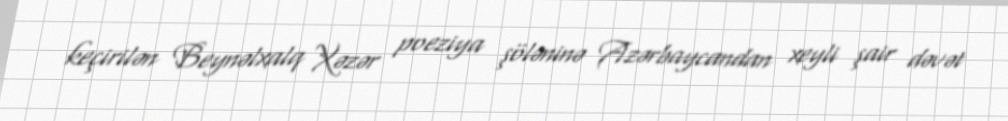
keçirilən Beynəlxalq Xəzər poeziya şöləninə Azərbaycandan xeyli şair dəvət